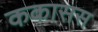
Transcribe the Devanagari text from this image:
ककासस